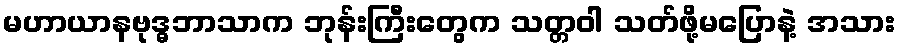
မဟာယာနဗုဒ္ဓဘာသာက ဘုန်းကြီးတွေက သတ္တဝါ သတ်ဖို့မပြောနဲ့ အသား